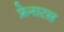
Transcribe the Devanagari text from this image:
फ्रेनाटस